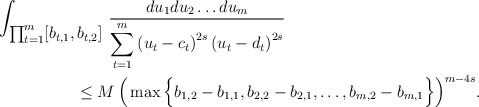
\begin{align*}&\int_{\textstyle{\prod_{t=1}^m [b_{t,1}, b_{t,2}] }}\,\frac{du_1du_2\ldots du_m}{\displaystyle \sum_{t=1}^{m}\left(u_t-c_t\right) ^{2s}\left(u_t-d_t \right)^{2s}}\\&\hskip 2cm\le M\,\Big(\max\Big\{b_{1,2}-b_{1,1},b_{2,2}-b_{2,1},\ldots,b_{m,2}-b_{m,1}\Big\} \Big)^{m-4s}. \end{align*}